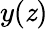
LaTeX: y(\mathit{z})